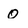
Character: 0